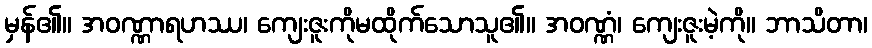
မှန်၏။ အဝဏ္ဏာရဟဿ၊ ကျေးဇူးကိုမထိုက်သောသူ၏။ အဝဏ္ဏံ၊ ကျေးဇူးမဲ့ကို။ ဘာသိတာ၊